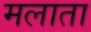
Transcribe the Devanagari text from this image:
मलाता